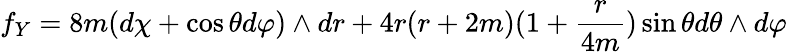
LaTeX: f_{Y}=8m(d\chi+\cos\theta d\varphi)\wedge dr+4r(r+2m)(1+\frac{r}{4m})\sin\theta d\theta\wedge d\varphi